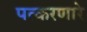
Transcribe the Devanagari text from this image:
पत्करणारे